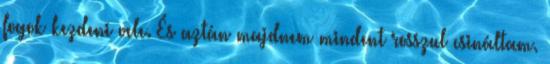
fogok kezdeni vele. És aztán majdnem mindent rosszul csináltam.